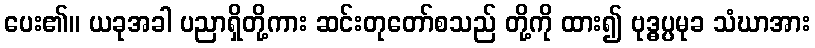
ပေး၏။ ယခုအခါ ပညာရှိတို့ကား ဆင်းတုတော်စသည် တို့ကို ထား၍ ဗုဒ္ဓပ္ပမုခ သံဃာအား